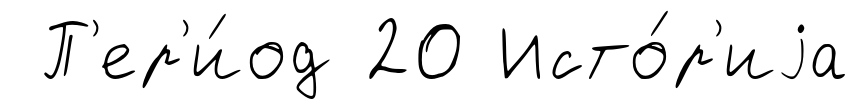
П'ер'и́од 20 Исто́р'иjа